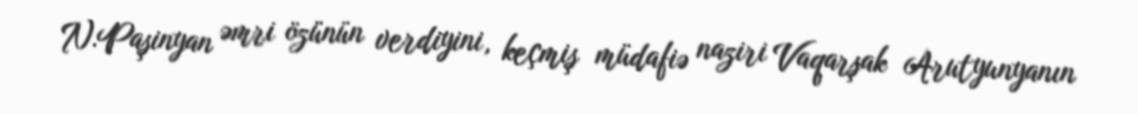
N.Paşinyan əmri özünün verdiyini, keçmiş müdafiə naziri Vaqarşak Arutyunyanın